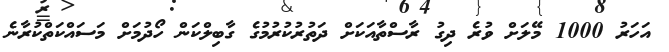
އަހަރު 1000 މޭލަށް ވުރެ ދިގު ރާސްތާއަކަށް ދަތުރުކުރުމުގެ ގާބިލްކަން ހޯދުމަށް މަސައްކަތްކުރާނެ